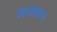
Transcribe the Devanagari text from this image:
लजावन